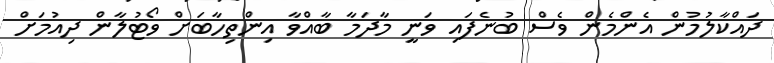
ދައްކާލުމުން އެންމެން ވެސް ބުނެފައި ވަނީ މާދަމާ ބާއްވާ އިންތިހާބަށް ވޯޓުލާން ދިއުމަށް